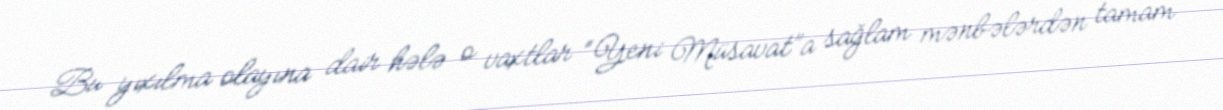
Bu yıxılma olayına dair hələ o vaxtlar “Yeni Müsavat”a sağlam mənbələrdən tamam